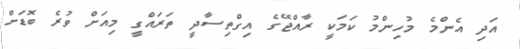
އަދި އެންމެ މުހިންމު ކަމަކީ ރާއްޖޭގެ އިގްތިސާދީ ތަރައްގީ މިއަށް ވުރެ ބޮޑަށް